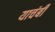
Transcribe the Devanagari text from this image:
याचंबी